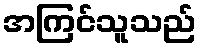
အကြင်သူသည်